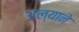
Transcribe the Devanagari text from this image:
अल्याने